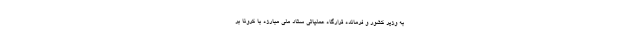
به وزیر کشور و فرمانده قرارگاه عملیاتی ستاد ملی مبارزه با کرونا بر